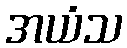
အယံသ